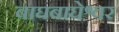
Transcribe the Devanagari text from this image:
बाघबाघेश्वर